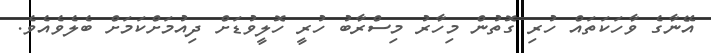
އޭނާގެ ވާހަކަތައް ހުރި ގޮތުން މިހާރު މިސްރާބު ހުރީ ހޮލީވުޑަށް ދިއުމަށްކަމަށް ބެލެވެއެވެ.